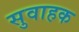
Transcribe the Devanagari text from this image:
सुवाहक